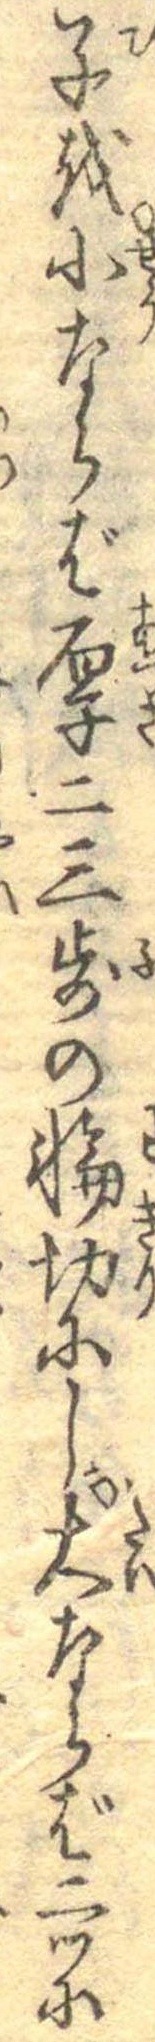
子を小ならば厚二三歩の輪切にし大ならば二ツに